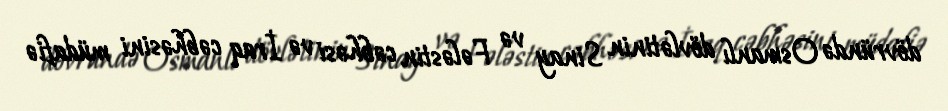
dövründə Osmanlı dövlətinin Sinay və Fələstin cəbhəsi və İraq cəbhəsini müdafiə